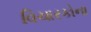
વિચારકોના